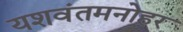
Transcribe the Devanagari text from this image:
यशवंतमनोहर